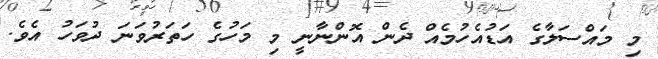
މި މައްސަލާގެ އަޑުއެހުމެއް ދެން އޮންނާނީ މި މަހުގެ ހަަތަރުވަނަ ދުވަހު އެވެ.